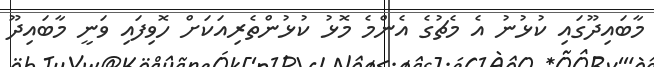
މާބައިދޫގައި ކުޅުނު އެ މެޗުގެ އެންމެ މޮޅު ކުޅުންތެރިއަކަށް ހޮވިފައި ވަނީ މާބައިދޫ